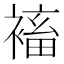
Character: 䙒